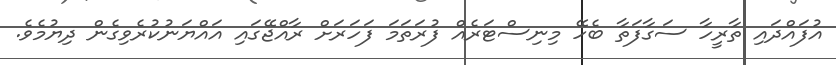
އުފައްދައި ތާރީހާ ސަގާފަތާ ބެހޭ މިނިސްޓަރެއް ފުރަތަމަ ފަހަރަށް ރާއްޖޭގައި އައްޔަނުކުރެވިގެން ދިޔުމެވެ.